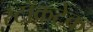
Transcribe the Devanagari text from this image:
स्टॉकटेक